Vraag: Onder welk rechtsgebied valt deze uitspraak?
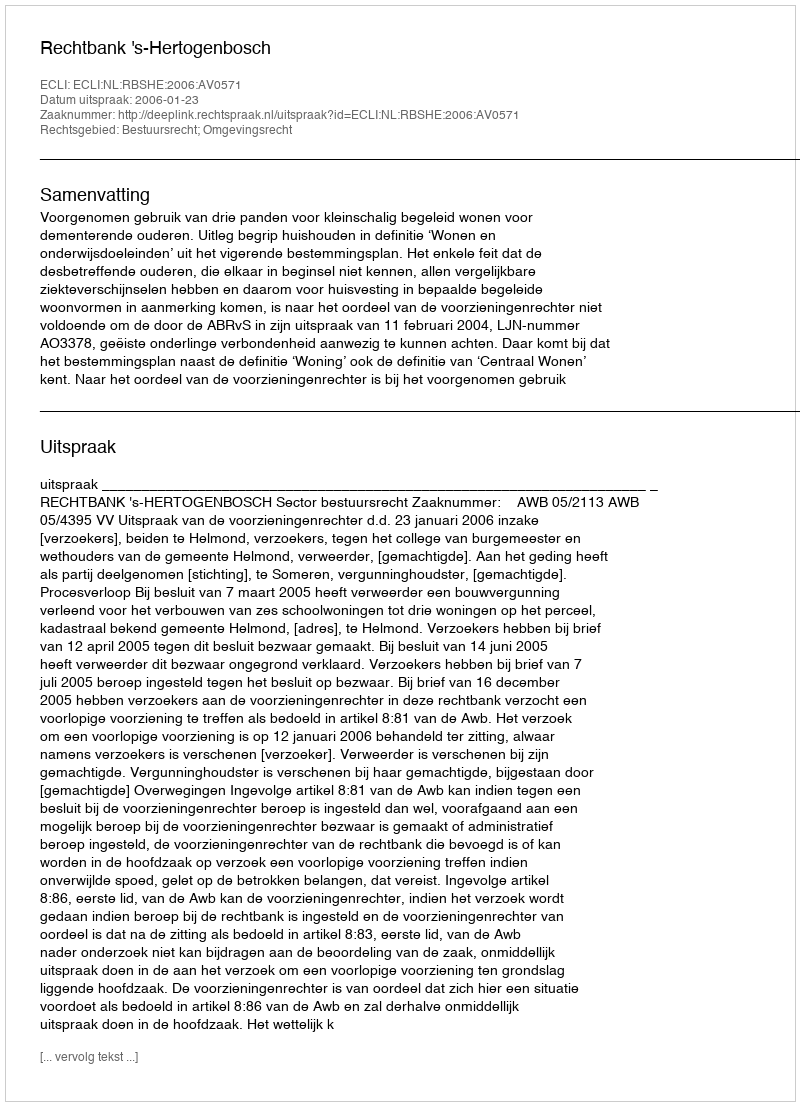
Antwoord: Bestuursrecht; Omgevingsrecht